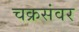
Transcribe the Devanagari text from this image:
चक्रसंवर